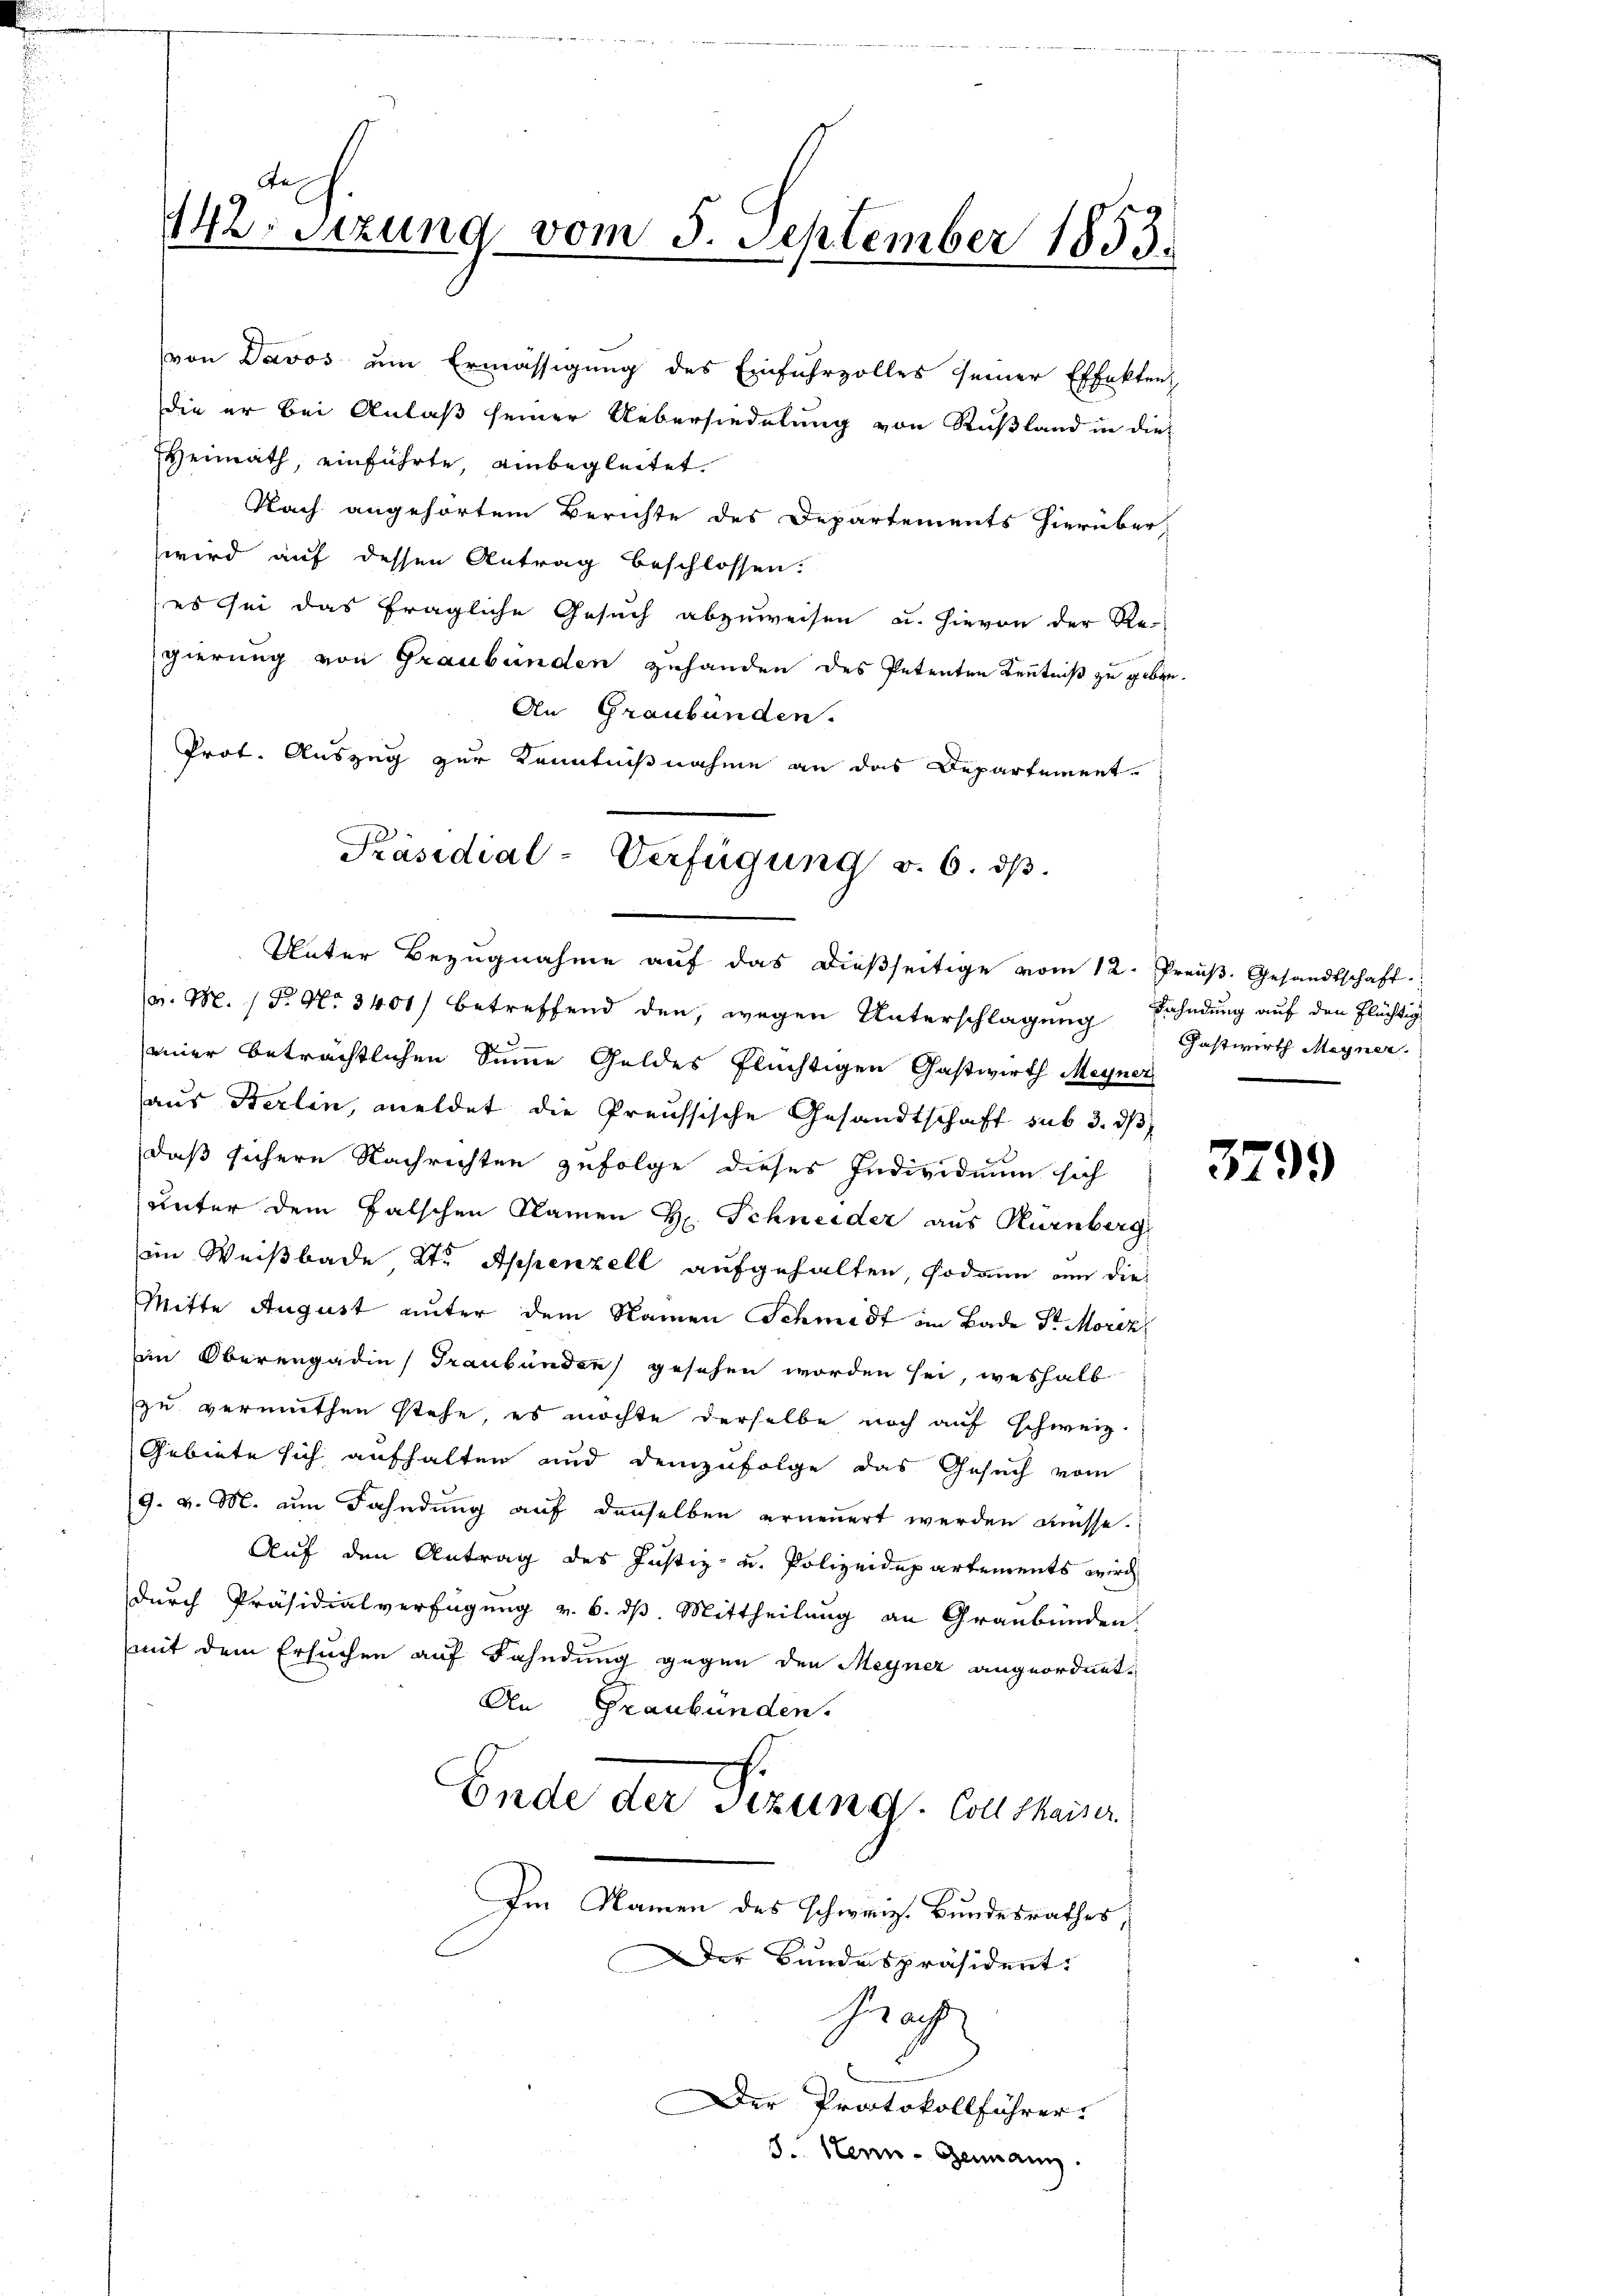
An
142. Sizung vom 5. September 1853.

Unter Bezugnahme auf das dießseitige vom 12. Preuß. Gesandtschaft
. M. P. Nr. 3401) betreffend den, wegen Unterschlagung Fahndung auf den Flüchtig
einer beträchtlichen Summe Geldes flüchtigen Gastwirth Meyner
aus Berlin, meldet die Preussische Gesandtschaft sub 3. dβ
daß sichere Nachrichten zufolge dieses Individuum sich
unter dem Falschen Namen H. Schneider aus Nürnberg
im Weißbade 2te Appenzell aufgehalten, sodann am die
Mitte August unter dem Namen Schmidt im Bade Sr. Moriz
in Oberengadin Graubünden gesehen worden sei, weshalb
zu vermuthen stehe, es möchte derselbe noch auf schweiz.
Gebiete sich aufhalten und demzufolge das Gesuch vom
9. v. M. um Fahndung auf denselben erneuert werden müsse.
Auf den Antrag des Justiz- u. Polizeidepartements wird
durch Präsidialverfügung v. 6. dß. Mittheilung an Graubünden.
mit dem Ersuchen auf Fahndung gegen den Meyner angeordnet,
An Graubünden.
Ende der Sizung Collskaiser
Im Namen des schweiz. Bundesrathes,
Der Bundespräsident.
hie acht
Der Protokollführer.
8. Henn- Genann

von Davos um Ermässigung des Einfuhrzolles seiner Effekten,
die er bei Anlaß seiner Uebersiedelung von Rußland in die¬
Heinrath, einführte, ainbegleitet.
Nach angehörtem Berichte des Departements hierüber,
wird auf dessen Antrag beschlossen.
es sei das fragliche Gesuch abzuweisen u. hievon der Re-
gierung von Graubünden zuhanden des Petenten Kenntniß zu geben.
An Graubünden.
Prot. Auszug zur Kenntnißnahme an das Departement.

Präsidial-Verfügung v. 6. dβ.

Gastwirth Megner.

3799